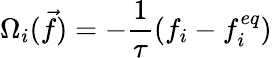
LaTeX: \Omega_{i}(\vec{f})=-\frac{1}{\tau}(f_{i}-f_{i}^{eq})